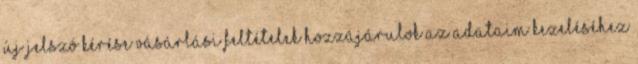
Új jelszó kérése Vásárlási feltételek Hozzájárulok az adataim kezeléséhez